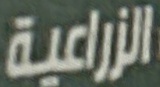
الزراعیة